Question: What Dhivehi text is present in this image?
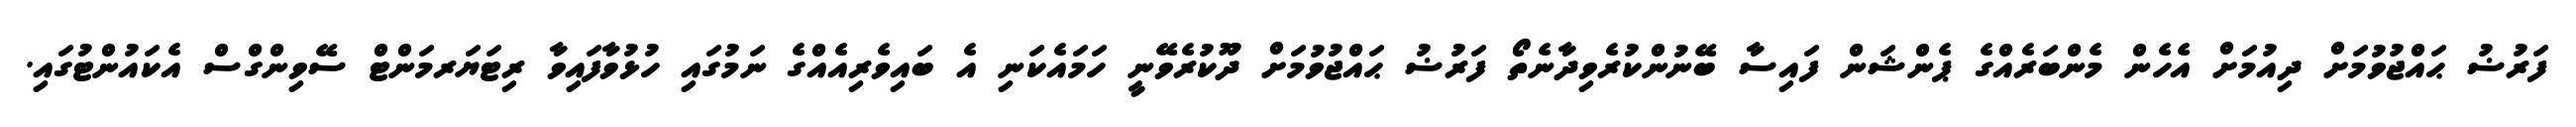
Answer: ފަރުޟު ޙައްޖުވުމަށް ދިއުމަށް އެހެން މެންބަރެއްގެ ޕެންޝަން ފައިސާ ބޭނުންކުރެވިދާނެތޯ ފަރުޟު ޙައްޖުވުމަށް ދޫކުރެވޭނީ ހަމައެކަނި އެ ބައިވެރިއެއްގެ ނަމުގައި ހުޅުވާފައިވާ ރިޓަޔަރމަންޓް ސޭވިންގްސް އެކައުންޓުގައި.